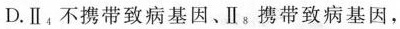
D.Ⅱ_{4}不携带致病基因、Ⅱ_{8}携带致病基因，